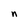
Character: n